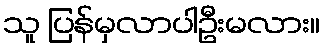
သူ ပြန်မှလာပါဦးမလား။